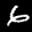
Label: 6